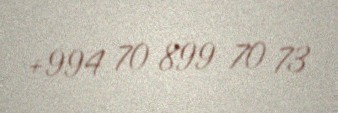
+994 70 899 70 73